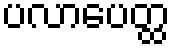
ပလာပေတ္ထ